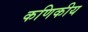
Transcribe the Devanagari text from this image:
कणिकीय